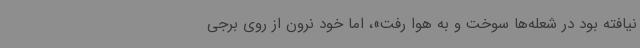
نیافته بود در شعله‌ها سوخت و به هوا رفت»، اما خود نرون از روی برجی